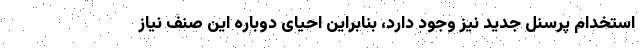
استخدام پرسنل جدید نیز وجود دارد، بنابراین احیای دوباره این صنف نیاز